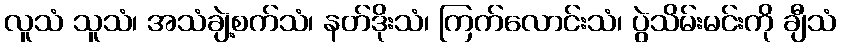
လူသံ သူသံ၊ အသံချဲ့စက်သံ၊ နတ်ဒိုးသံ၊ ကြက်လောင်းသံ၊ ပွဲသိမ်းမင်းကို ချီသံ